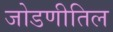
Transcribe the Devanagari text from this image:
जोडणीतिल